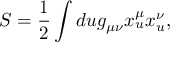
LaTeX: S = \frac { 1 } { 2 } \int d u g _ { \mu \nu } x _ { u } ^ { \mu } x _ { u } ^ { \nu } , \quad